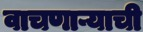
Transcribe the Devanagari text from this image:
वाचणाऱ्याची